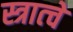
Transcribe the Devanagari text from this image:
स्त्रात्चे